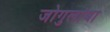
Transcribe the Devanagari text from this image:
जोगुलांबा